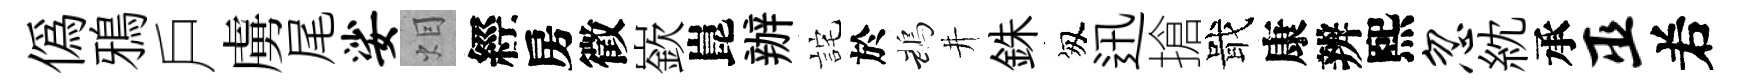
偽鴉戶虜尾娑𤇆經房徵嶔崑辦詫於鵡井銖匆迅搶戢康辨熙忽紞承巫𠰥